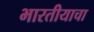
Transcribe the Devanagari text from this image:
भारतीयाचा